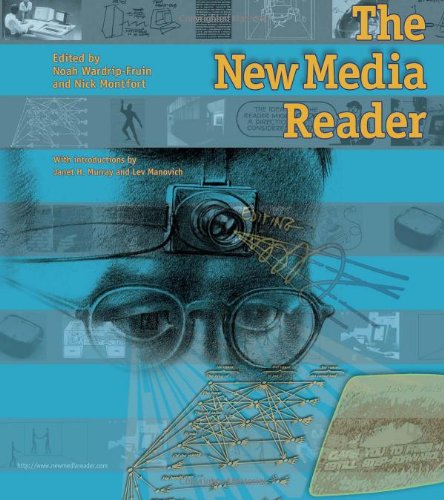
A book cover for The New Media Reader; Humor & Entertainment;